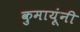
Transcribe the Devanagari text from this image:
कुमायूंनी